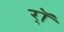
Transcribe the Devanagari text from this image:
र्‍ाॅ